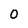
Character: O